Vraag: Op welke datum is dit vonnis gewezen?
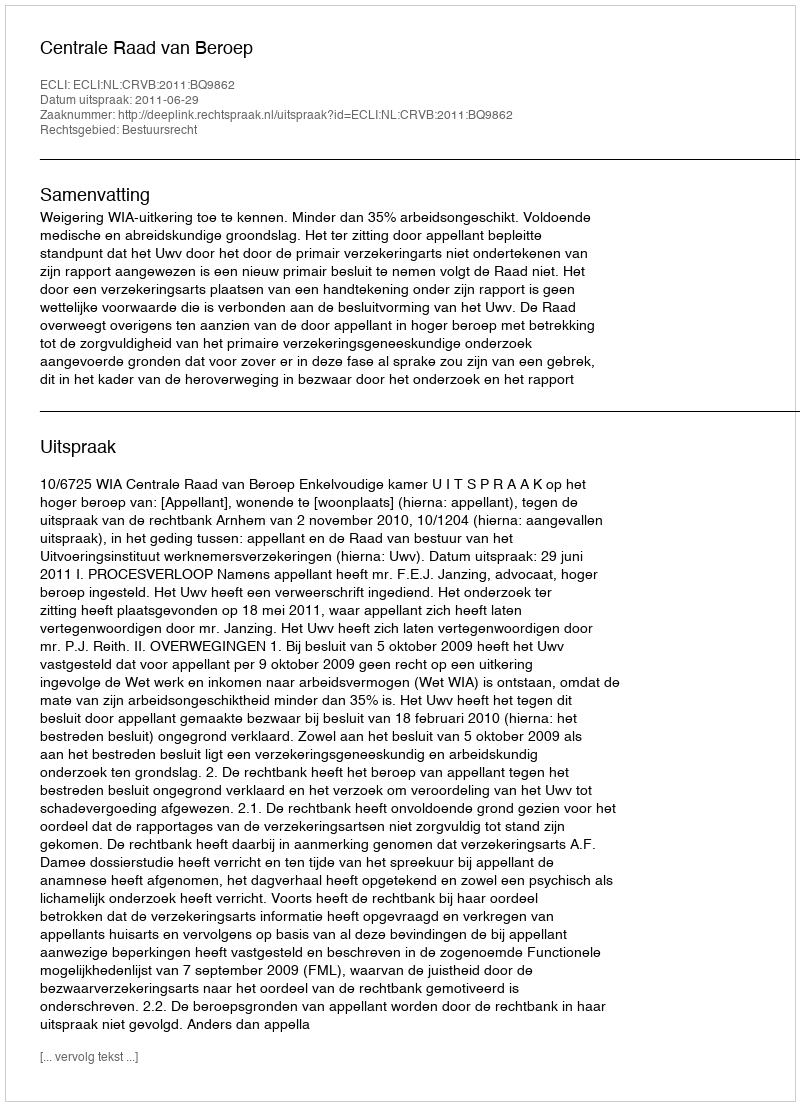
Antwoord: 2011-06-29